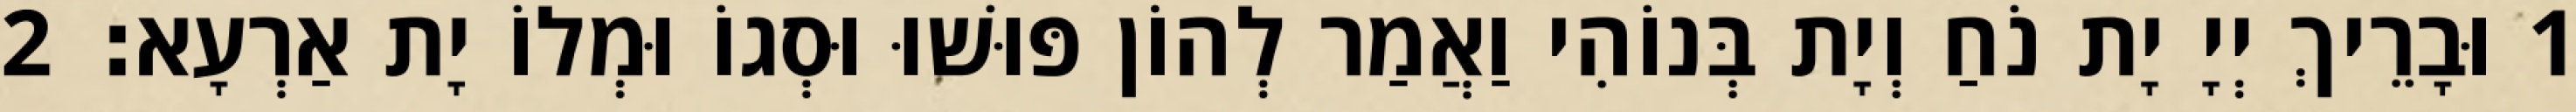
1 וּבָרֵיךְ יְיָ יָת נֹחַ וְיָת בְּנוֹהִי וַאֲמַר לְהוֹן פּוּשׁוּ וּסְגוֹ וּמְלוֹ יָת אַרְעָא׃ 2